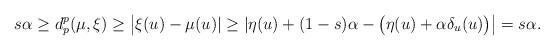
LaTeX: \begin{align*}s\alpha\geq d_p^p(\mu,\xi)\geq\big|\xi(u)-\mu(u)|\geq|\eta(u)+(1-s)\alpha-\big(\eta(u)+\alpha\delta_u(u)\big)\big|=s\alpha.\end{align*}